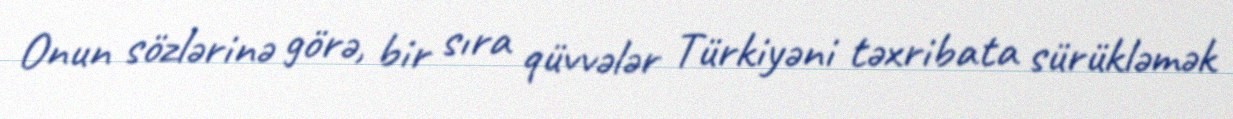
Onun sözlərinə görə, bir sıra qüvvələr Türkiyəni təxribata sürükləmək